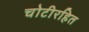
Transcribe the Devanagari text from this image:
चोटीरहित